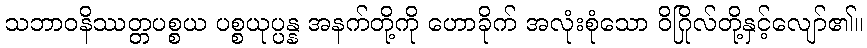
သဘာဝနိဿတ္တပစ္စယ ပစ္စယုပ္ပန္န အနက်တို့ကို ဟောခိုက် အလုံးစုံသော ဝိဂြိုလ်တို့နှင့်လျော်၏။